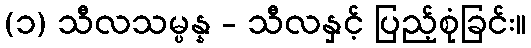
(၁) သီလသမ္ပန္န - သီလနှင့် ပြည့်စုံခြင်း။